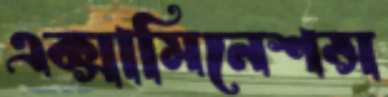
এক্সামিনেশন্স